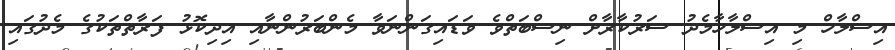
އިސްލާހް މި އިސްލާހާމެދު ސަރުކާރާށް ނިސްބަތްވެ ވަޑައިގަންނަވާ މެންބަރުންނާއި އިދިކޮޅު ފަރާތްތަކުގެ މެދުގައި